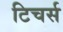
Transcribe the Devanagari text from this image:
टिचर्स